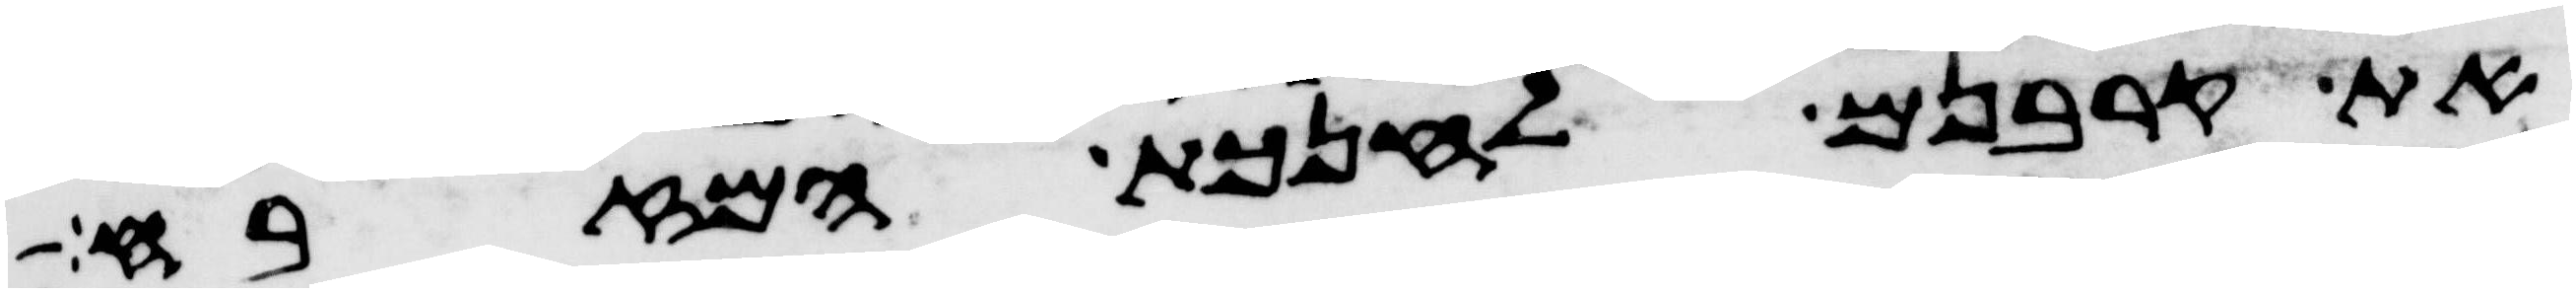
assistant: את קרבנם לחנכת המזבח